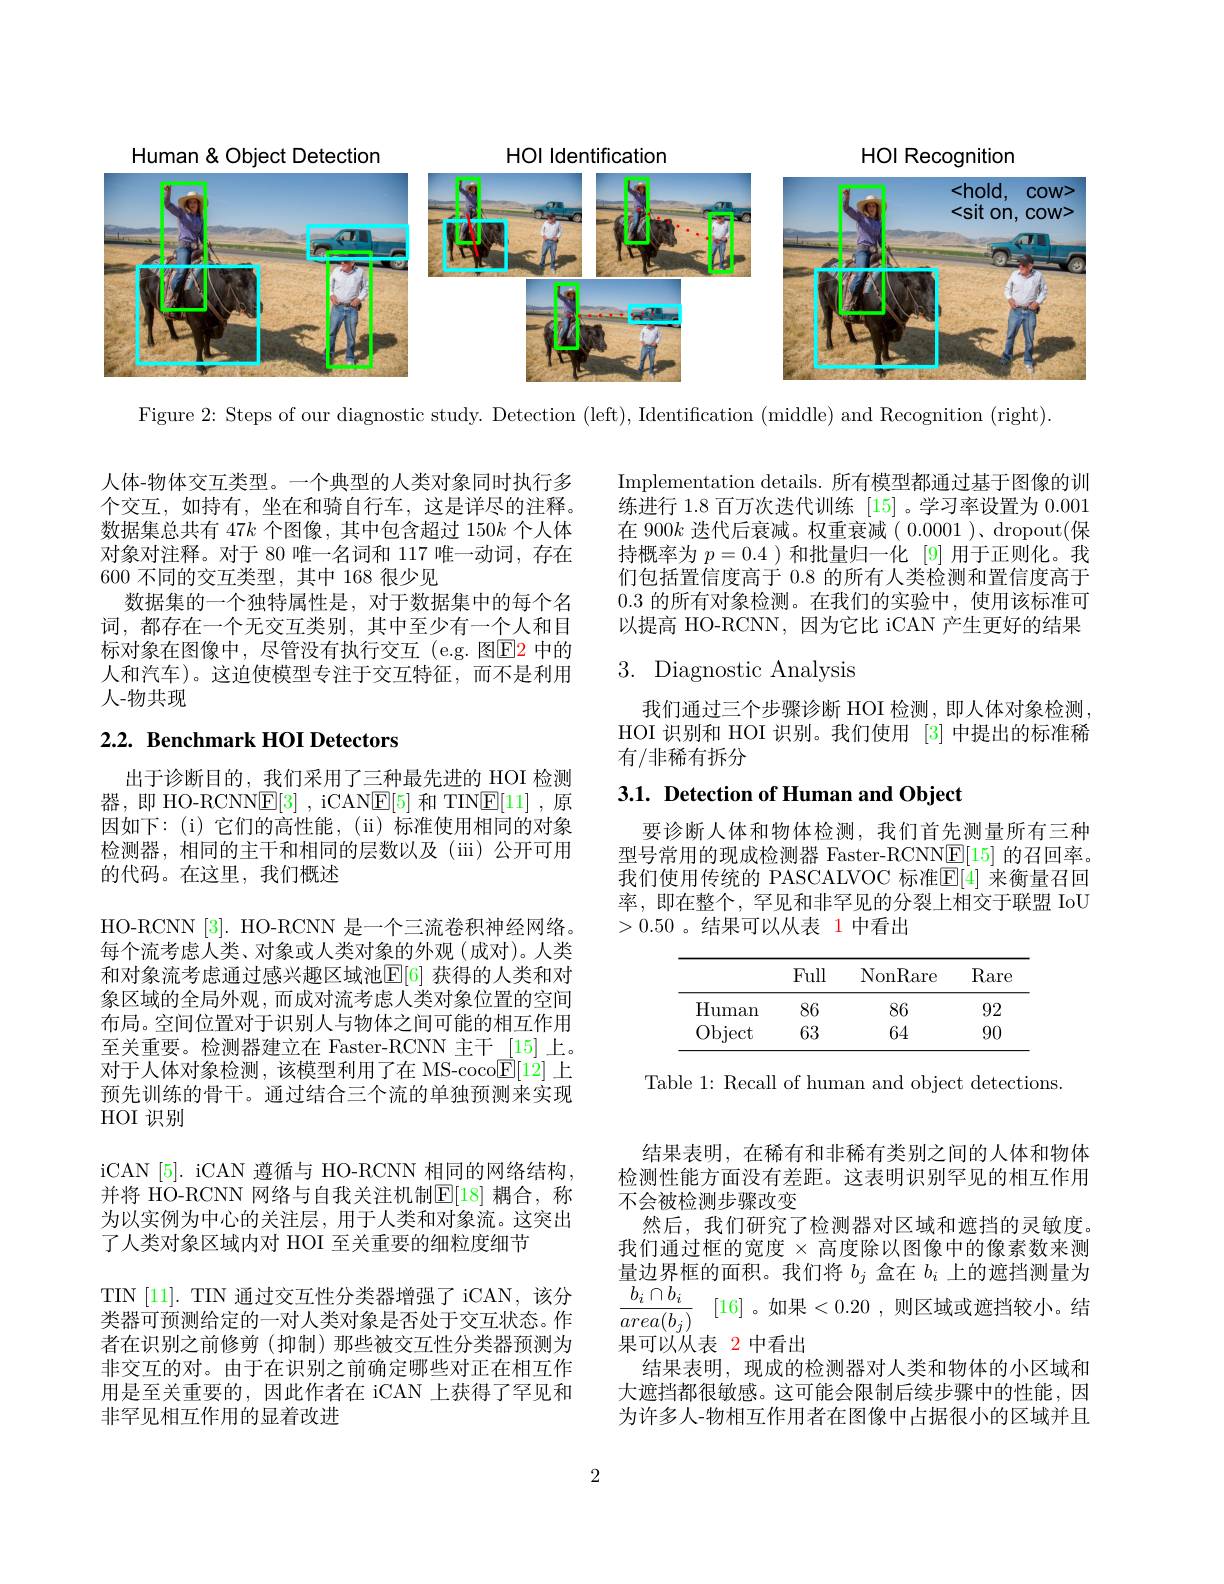
<FigureHere>

Figure 2: Steps of our diagnostic study. Detection (left), Identification (middle) and Recognition (right)

人体-物体交互类型。一个典型的人类对象同时执行多个交互，如持有，坐在和骑自行车，这是详尽的注释。数据集总共有 47$k$个图像，其中包含超过 150$k$个人体对象对注释。对于 80 唯一名词和 117 唯一动词，存在600 不同的交互类型，其中 168 很少见
数据集的一个独特属性是，对于数据集中的每个名词，都存在一个无交互类别，其中至少有一个人和目标对象在图像中，尽管没有执行交互(e.g. 图$\color{red}{\mathrm{E}}\color{red}{\mathrm{E}}\color{red}{\mathrm{E}}\color{red}{\mathrm{P}}$中的人和汽车)。这迫使模型专注于交互特征，而不是利用人-物共现

# 2.2. Benchmark HOI Detectors

出于诊断目的，我们采用了三种最先进的 HOI 检测器，即 HO-RCNN$\underline {\mathrm{E} }[ 3]$ , iCANE[5] 和 TIN$\underline {\mathrm{E} }[ 1]$ ,原因如下：(i)它们的高性能，(ii)标准使用相同的对象检测器，相同的主干和相同的层数以及(iii)公开可用的代码。在这里，我们概述

HO-RCNN [3]. HO-RCNN 是一个三流卷积神经网络。每个流考虑人类、对象或人类对象的外观(成对)。人类和对象流考虑通过感兴趣区域池$\mathbb{E}[6]$ 获得的人类和对象区域的全局外观，而成对流考虑人类对象位置的空间布局。空间位置对于识别人与物体之间可能的相互作用至关重要。检测器建立在 Faster-RCNN 主干 [15]上。对于人体对象检测，该模型利用了在 MS-coco$\underline{\mathrm{E}}[12]$上预先训练的骨干。通过结合三个流的单独预测来实现HOI 识别

iCAN[5]. iCAN 遵循与 HO-RCNN 相同的网络结构， 并将 HO-RCNN 网络与自我关注机制$\mathbb{E}[18]$ 耦合，称为以实例为中心的关注层，用于人类和对象流。这突出了人类对象区域内对 HOI 至关重要的细粒度细节
TIN[11]. TIN 通过交互性分类器增强了 iCAN,该分类器可预测给定的一对人类对象是否处于交互状态。作者在识别之前修剪(抑制)那些被交互性分类器预测为非交互的对。由于在识别之前确定哪些对正在相互作用是至关重要的，因此作者在 iCAN 上获得了罕见和非罕见相互作用的显着改进

Implementation details. 所有模型都通过基于图像的训练进行 1.8 百万次迭代训练 [15]。学习率设置为 0.001在 900$k$迭代后衰减。权重衰减( 0.0001 )、dropout(保持概率为$p=0.4$ )和批量归一化 [9]用于正则化。我们包括置信度高于 0.8 的所有人类检测和置信度高于0.3的所有对象检测。在我们的实验中，使用该标准可以提高 HO-RCNN,因为它比 iCAN 产生更好的结果

# 3. Diagnostic Analysis

我们通过三个步骤诊断 HOI 检测，即人体对象检测HOI 识别和 HOI 识别。我们使用 [3] 中提出的标准稀有/非稀有拆分

# 3.1. Detection of Human and Object

要诊断人体和物体检测，我们首先测量所有三种型号常用的现成检测器 Faster-RCNN$\underline{\mathrm{E}}[15]$的召回率。我们使用传统的 PASCALVOC 标准$\mathbb{E}[4]$ 来衡量召回率，即在整个，罕见和非罕见的分裂上相交于联盟 IoU >0.50。结果可以从表 1 中看出

<table>
	<tbody>
		<tr>
			<th> </th>
			<th>Full</th>
			<th>NonRare</th>
			<th>Rar$\epsilon$</th>
		</tr>
		<tr>
			<td>Human</td>
			<td>86</td>
			<td>86</td>
			<td>92</td>
		</tr>
		<tr>
			<td>Object</td>
			<td>63</td>
			<td>64</td>
			<td>90</td>
		</tr>
	</tbody>
</table>

Table 1: Recall of human and object detections.

结果表明，在稀有和非稀有类别之间的人体和物体检测性能方面没有差距。这表明识别罕见的相互作用不会被检测步骤改变
然后，我们研究了检测器对区域和遮挡的灵敏度。我们通过框的宽度$\times$高度除以图像中的像素数来测量 边 界 框 的 面 积 。我 们 将 $b_{j}$ 盒 在 $b_{i}$ 上 的 遮 挡 测 量 为 $\frac {b_{i}\cap b_{i}}{area( b_{j}) }$ [16] 。如 果 <0.20 , 则 区 域 或 遮 挡 较 小 。结 果果可以从表 2 中看出
结果表明，现成的检测器对人类和物体的小区域和大遮挡都很敏感。这可能会限制后续步骤中的性能，因为许多人-物相互作用者在图像中占据很小的区域并且

2